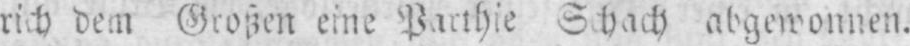
rich dem Großen eine Parthie Schach abgewonnen.